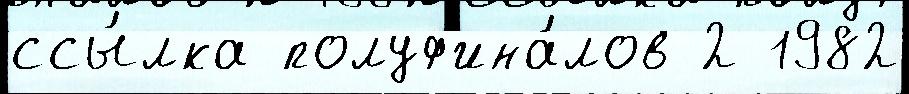
ссы́лка полуф'ина́лов 2 1982